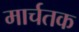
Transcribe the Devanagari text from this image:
मार्चतक